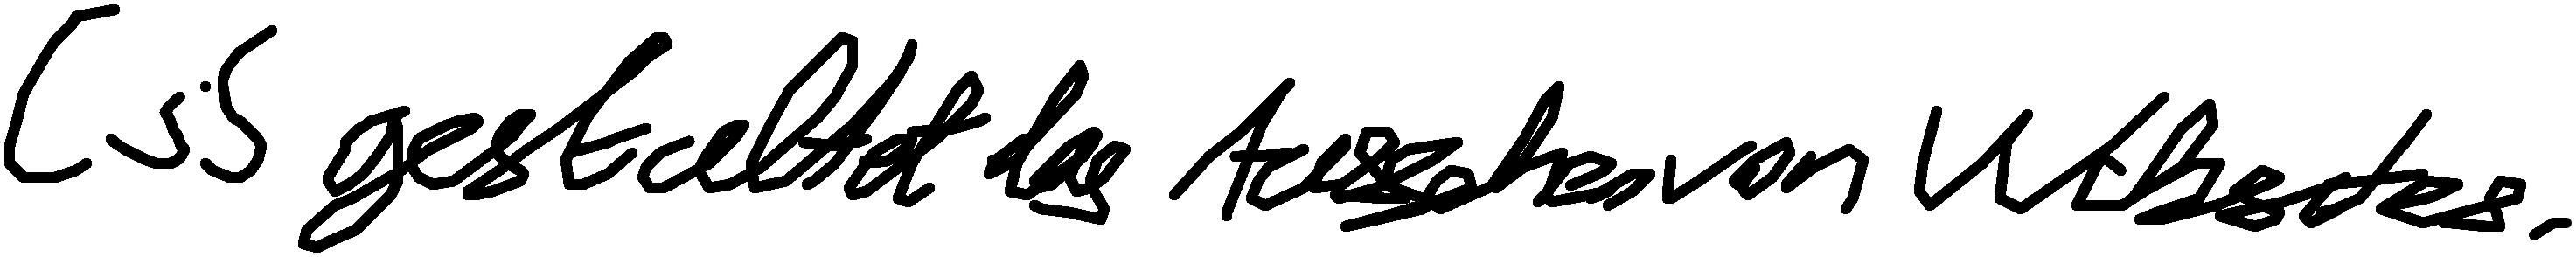
CSS gestaltet das Aussehen von Websites.